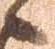
候